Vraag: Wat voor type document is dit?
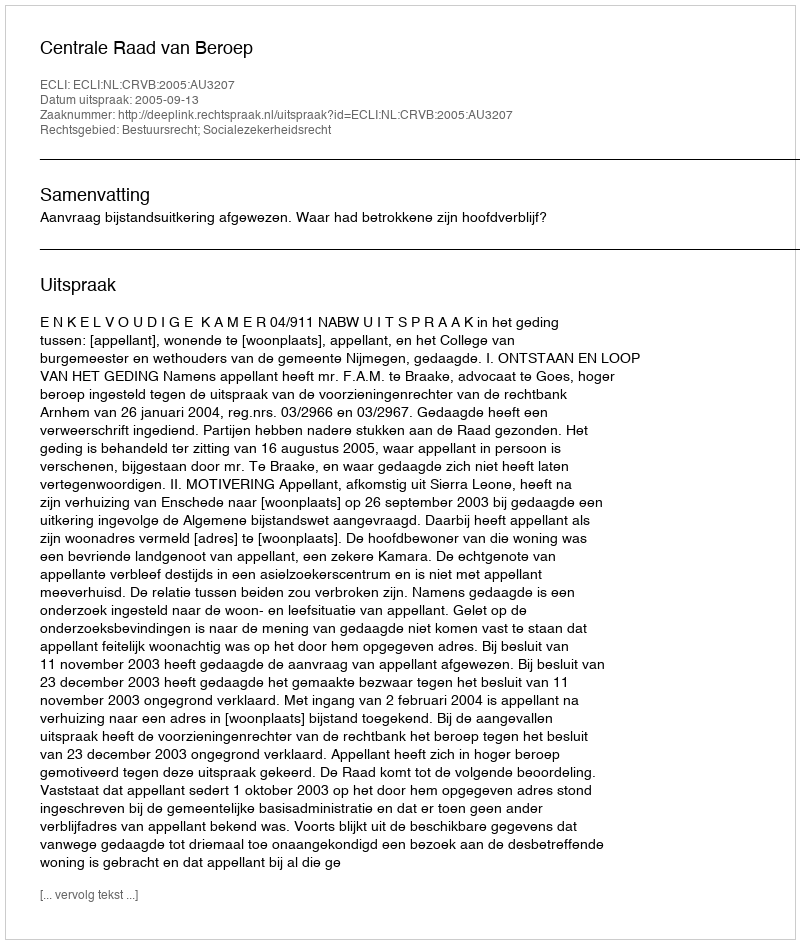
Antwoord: Uitspraak